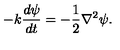
- k \frac { d \psi } { d t } = - \frac { 1 } { 2 } \nabla ^ { 2 } \psi .